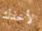
لأخذك